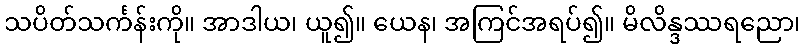
သပိတ်သင်္ကန်းကို။ အာဒါယ၊ ယူ၍။ ယေန၊ အကြင်အရပ်၍။ မိလိန္ဒဿရညော၊